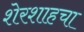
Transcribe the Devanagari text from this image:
शेरशाहचा